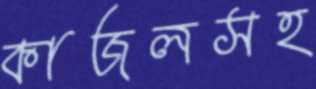
কাজলসহ